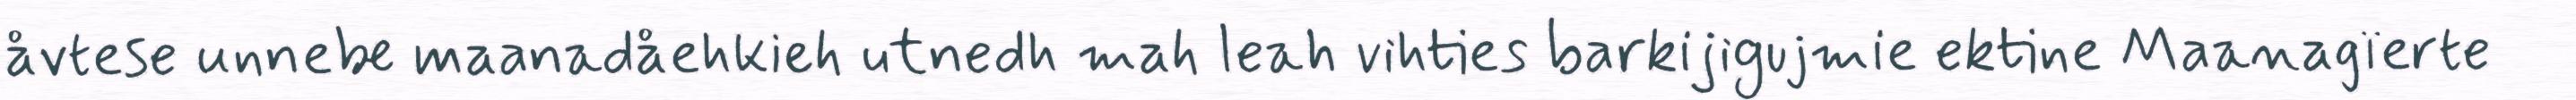
åvtese unnebe maanadåehkieh utnedh mah leah vihties barkijigujmie ektine Maanagïerte